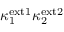
\kappa _ { 1 } ^ { \mathrm { e x t 1 } } \kappa _ { 2 } ^ { \mathrm { e x t 2 } }